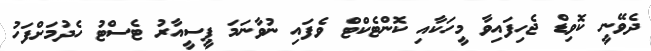
ދެވޭނީ ކޮވިޑް ޖެހިފައިވާ މީހަކާއި ކޮންޓެކްޓް ވެފައި ނުވާނަމަ ޕީސީއާރު ޓެސްޓު ހެދުމަށްފަހު